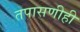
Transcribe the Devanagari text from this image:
तपासणीही